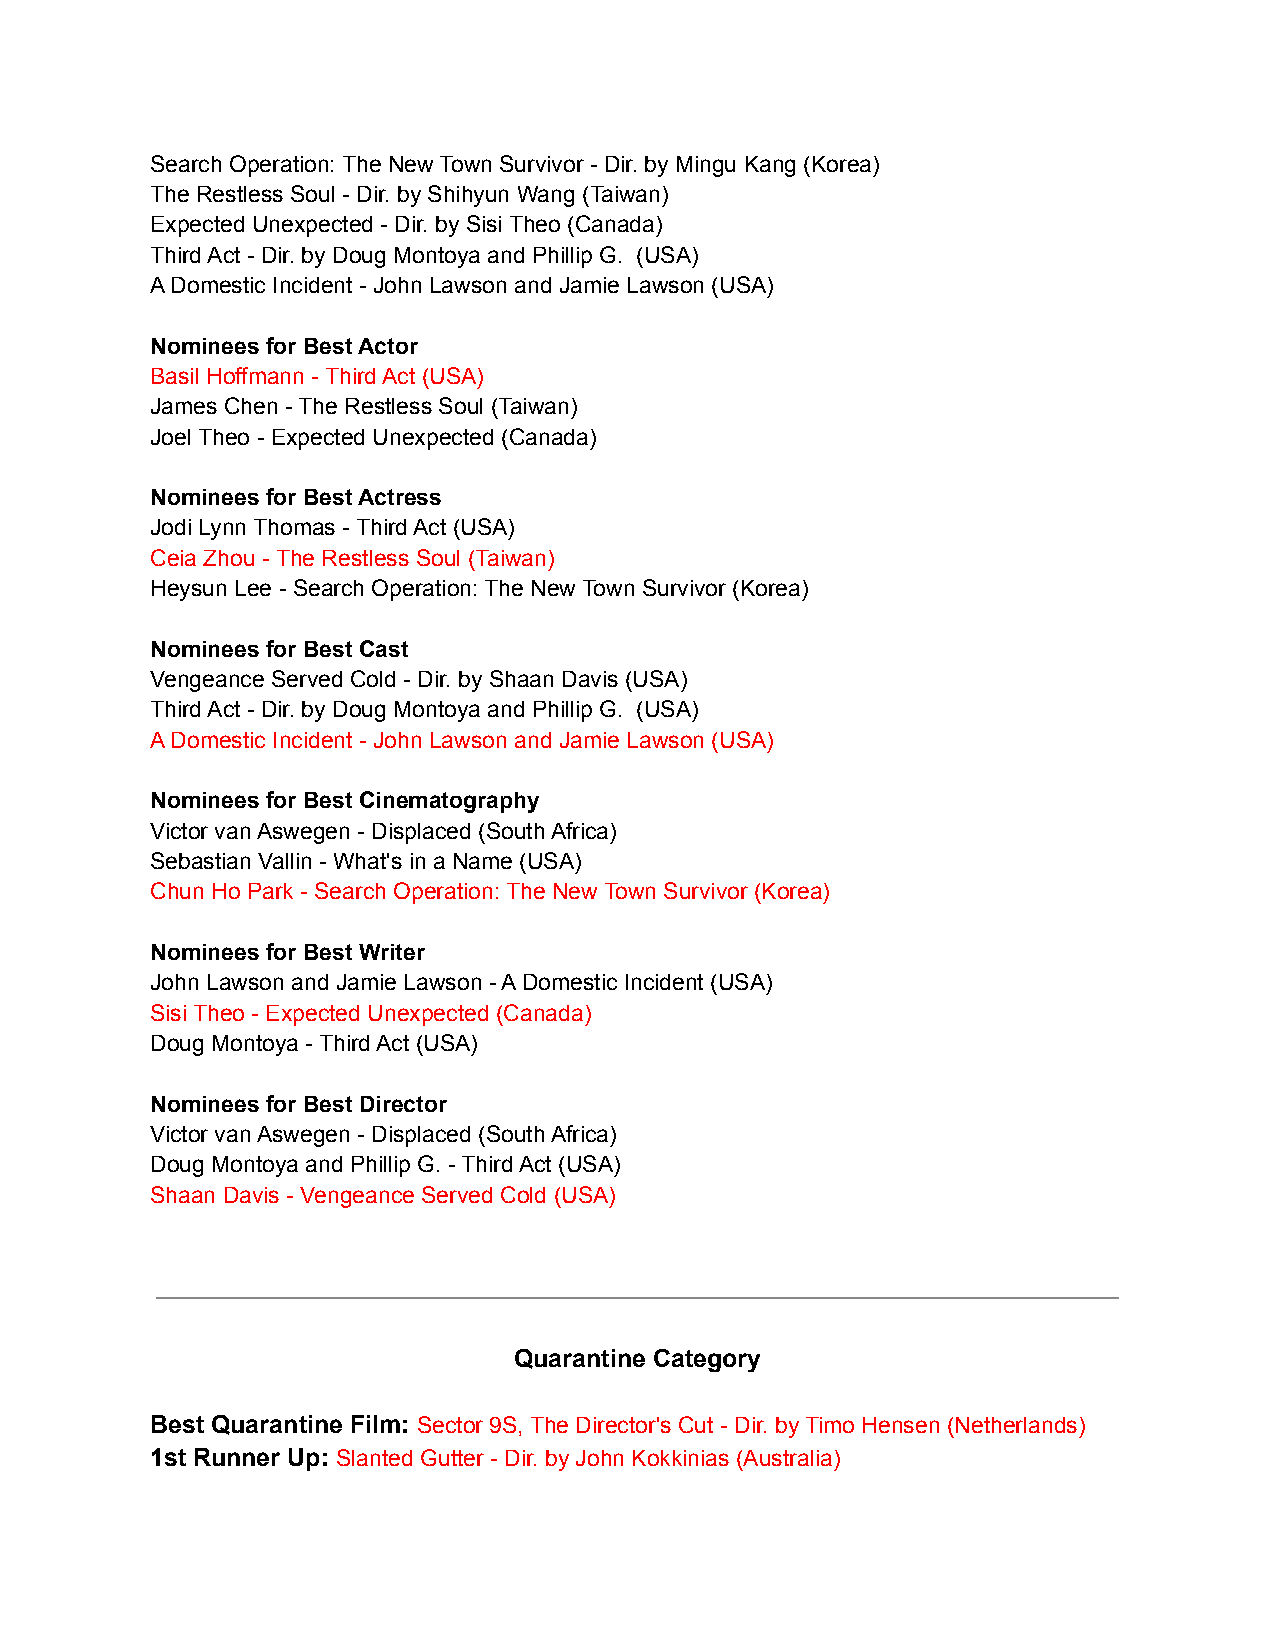
Search Operation: The New Town Survivor - Dir. by Mingu Kang (Korea)
 The Restless Soul - Dir. by Shihyun Wang (Taiwan)
 Expected Unexpected - Dir. by Sisi Theo (Canada)
 Third Act - Dir. by Doug Montoya and Phillip G. (USA)
 A Domestic Incident - John Lawson and Jamie Lawson (USA)
 Nominees for Best Actor
 Basil Hoffmann - Third Act (USA)
 James Chen - The Restless Soul (Taiwan)
 Joel Theo - Expected Unexpected (Canada)
 Nominees for Best Actress
 Jodi Lynn Thomas - Third Act (USA)
 Ceia Zhou - The Restless Soul (Taiwan)
 Heysun Lee - Search Operation: The New Town Survivor (Korea)
 Nominees for Best Cast
 Vengeance Served Cold - Dir. by Shaan Davis (USA)
 Third Act - Dir. by Doug Montoya and Phillip G. (USA)
 A Domestic Incident - John Lawson and Jamie Lawson (USA)
 Nominees for Best Cinematography
 Victor van Aswegen - Displaced (South Africa)
 Sebastian Vallin - What's in a Name (USA)
 Chun Ho Park - Search Operation: The New Town Survivor (Korea)
 Nominees for Best Writer
 John Lawson and Jamie Lawson - A Domestic Incident (USA)
 Sisi Theo - Expected Unexpected (Canada)
 Doug Montoya - Third Act (USA)
 Nominees for Best Director
 Victor van Aswegen - Displaced (South Africa)
 Doug Montoya and Phillip G. - Third Act (USA)
 Shaan Davis - Vengeance Served Cold (USA)
 Quarantine Category
 Best Quarantine Film: Sector 9S, The Director's Cut - Dir. by Timo Hensen (Netherlands)
 1st Runner Up: Slanted Gutter - Dir. by John Kokkinias (Australia)